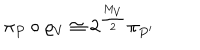
LaTeX: \pi _ { P } \circ \varrho _ { V } \cong 2 ^ { \frac { M _ { V } } { 2 } } \pi _ { P ^ { \prime } }